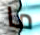
ما